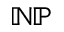
\mathbb { N P }